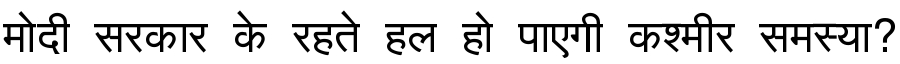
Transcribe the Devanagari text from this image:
मोदी सरकार के रहते हल हो पाएगी कश्मीर समस्या?